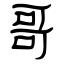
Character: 哥